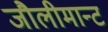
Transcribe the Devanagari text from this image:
जौलीमान्‍ट